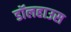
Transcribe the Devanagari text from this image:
डॉलहाउस